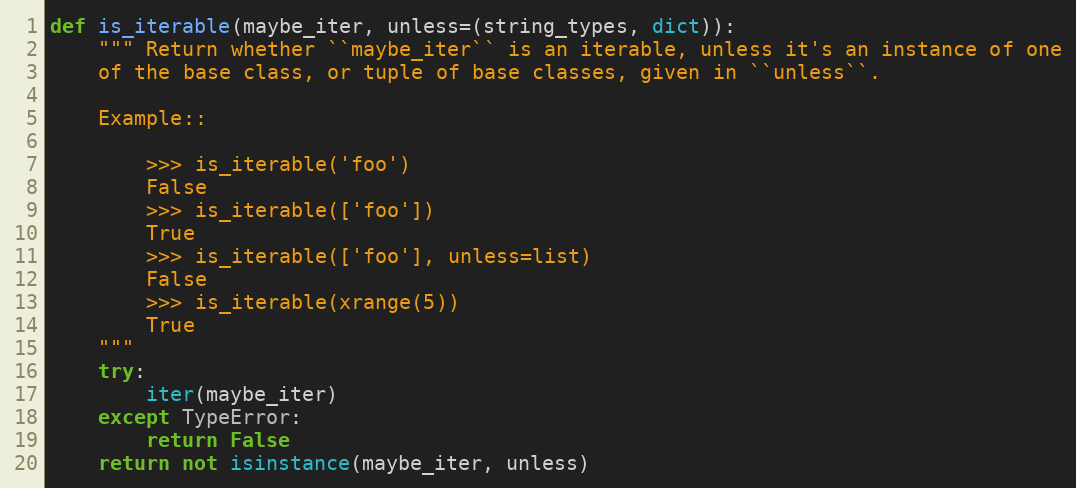
Language: Python
def is_iterable(maybe_iter, unless=(string_types, dict)):
    """ Return whether ``maybe_iter`` is an iterable, unless it's an instance of one
    of the base class, or tuple of base classes, given in ``unless``.

    Example::

        >>> is_iterable('foo')
        False
        >>> is_iterable(['foo'])
        True
        >>> is_iterable(['foo'], unless=list)
        False
        >>> is_iterable(xrange(5))
        True
    """
    try:
        iter(maybe_iter)
    except TypeError:
        return False
    return not isinstance(maybe_iter, unless)